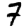
Digit: 7